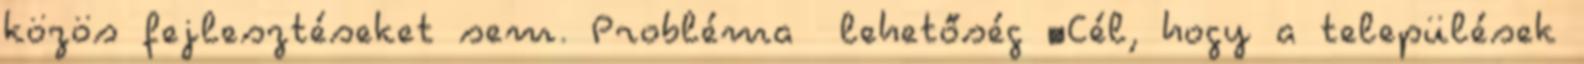
közös fejlesztéseket sem. Probléma lehetőség ▪Cél, hogy a települések